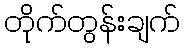
တိုက်တွန်းချက်